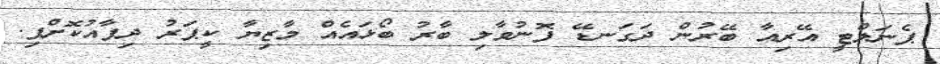
ޕެނަލްޓީ އޭރިއާ ބޭރުން ދަގަނޑޭ ފޮނުވާލި ބާރު ބޯޅައެއް މާޒިޔާ ކީޕަރު ދިފާއުކޮށްފި.